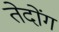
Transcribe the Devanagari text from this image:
तेदोंग